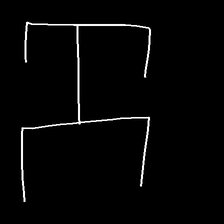
Glyph: entwine